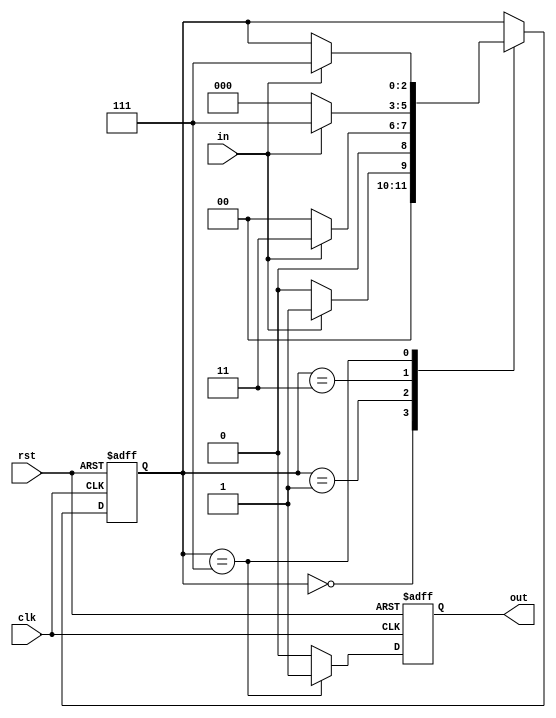
module FSM_three1(input clk, input rst, input in, output out);

	reg out;
	reg [2:0]state;
	always @(posedge clk, posedge rst) begin
		if (rst) begin
			state <= 3'b000;
		end
		else begin
			case(state)
				3'b000: begin
					if(in) state <= 3'b001;
					else state <= 3'b000;
				end
				3'b001: begin
					if(in) state <= 3'b011;
					else state <= 3'b000;
				end
				3'b011: begin
					if(in) state <= 3'b111;
					else state <= 3'b000;
				end
				3'b111: begin
					if(in) state <= 3'b111;
				end
			endcase
		end
	end

	always @(posedge clk, posedge rst) begin
		if (rst) 
			out <= 0;
		else if(state == 3'b111) 
			out <= 1;
		else 
			out <= 0;
	end

endmodule